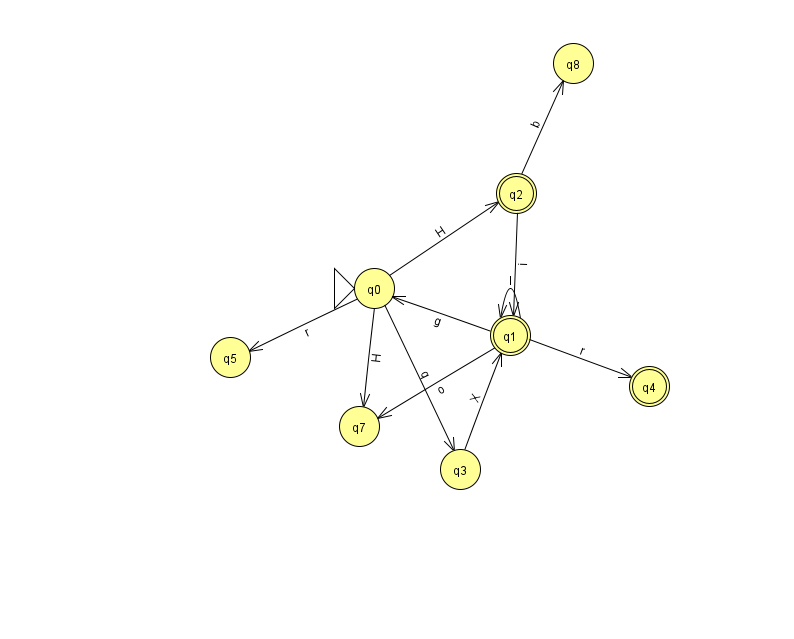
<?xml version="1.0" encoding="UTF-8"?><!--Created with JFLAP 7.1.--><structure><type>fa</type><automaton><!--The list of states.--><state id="0" name="q0"><x>374.0</x><y>275.0</y><initial/></state><state id="1" name="q1"><x>510.0</x><y>322.0</y><final/></state><state id="2" name="q2"><x>516.0</x><y>180.0</y><final/></state><state id="3" name="q3"><x>460.0</x><y>456.0</y></state><state id="4" name="q4"><x>649.0</x><y>373.0</y><final/></state><state id="5" name="q5"><x>230.0</x><y>344.0</y></state><state id="7" name="q7"><x>359.0</x><y>413.0</y></state><state id="8" name="q8"><x>573.0</x><y>50.0</y></state><!--The list of transitions.--><transition><from>1</from><to>4</to><read>r</read></transition><transition><from>0</from><to>7</to><read>H</read></transition><transition><from>2</from><to>8</to><read>b</read></transition><transition><from>2</from><to>1</to><read>i</read></transition><transition><from>1</from><to>1</to><read>I</read></transition><transition><from>1</from><to>7</to><read>o</read></transition><transition><from>0</from><to>3</to><read>q</read></transition><transition><from>3</from><to>1</to><read>X</read></transition><transition><from>1</from><to>0</to><read>g</read></transition><transition><from>0</from><to>2</to><read>H</read></transition><transition><from>0</from><to>5</to><read>r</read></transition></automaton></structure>